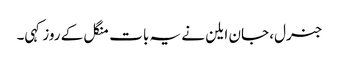
جنرل، جان ایلن نے یہ بات منگل کے روز کہی۔